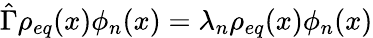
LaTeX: \hat{\Gamma}\rho_{eq}(x)\phi_{n}(x)=\lambda_{n}\rho_{eq}(x)\phi_{n}(x)